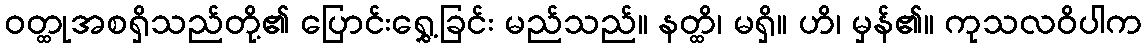
ဝတ္ထုအစရှိသည်တို့၏ ပြောင်းရွှေ့ခြင်း မည်သည်။ နတ္ထိ၊ မရှိ။ ဟိ၊ မှန်၏။ ကုသလဝိပါက